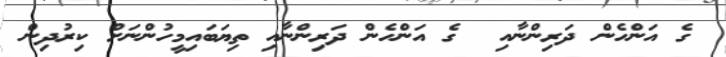
ގެ އަންހެން ދަރިންނާއި  ގެ އަންހެން ދަރިންނާއި ތިޔަބައިމީހުންނަށް ކިރުދިން